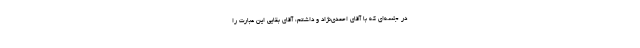
در جلسه‌ای که با آقای احمدی‌نژاد و داشتم، آقای بقایی این عبارت را